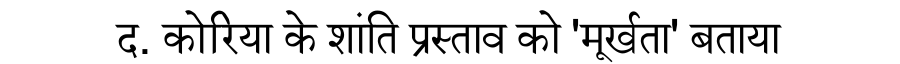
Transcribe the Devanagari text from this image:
द. कोरिया के शांति प्रस्ताव को 'मूर्खता' बताया